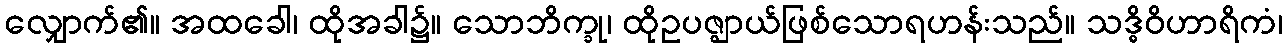
လျှောက်၏။ အထခေါ၊ ထိုအခါ၌။ သောဘိက္ခု၊ ထိုဥပဇ္ဈာယ်ဖြစ်သောရဟန်းသည်။ သဒ္ဓိဝိဟာရိကံ၊